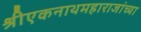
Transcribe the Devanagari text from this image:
श्रीएकनाथमहाराजांच्या